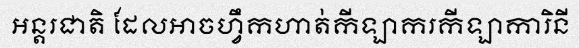
អន្តរជាតិ ដែលអាចហ្វឹកហាត់កីឡាករកីឡាការិនី